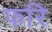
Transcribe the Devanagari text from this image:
फरि